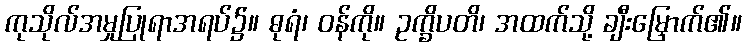
ကုသိုလ်အမှုပြုရာအရပ်၌။ ဓုရံ၊ ဝန်ကို။ ဥက္ခိပတိ၊ အထက်သို့ ချီးမြှောက်၏။